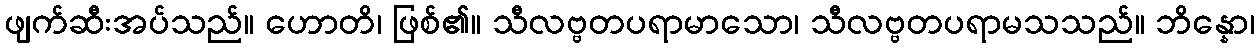
ဖျက်ဆီးအပ်သည်။ ဟောတိ၊ ဖြစ်၏။ သီလဗ္ဗတပရာမာသော၊ သီလဗ္ဗတပရာမသသည်။ ဘိန္နော၊